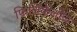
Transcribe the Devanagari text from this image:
फिलिकेलीज